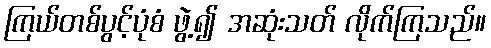
ကြယ်တစ်ပွင့်ပုံစံ ဖွဲ့၍ အဆုံးသတ် လိုက်ကြသည်။